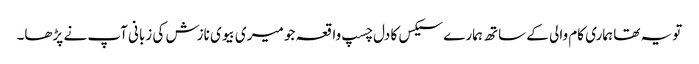
تو یہ تھا ہماری کام والی کے ساتھ ہمارے سیکس کا دل چسپ واقعہ جو میری بیوی نازش کی زبانی آپ نے پڑھا۔